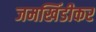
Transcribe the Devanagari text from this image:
जमखिंडीकर